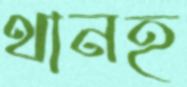
থানহ